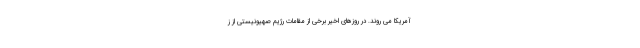
آمریکا می روند. در روزهای اخیر برخی از مقامات رژیم صهیونیستی از ز